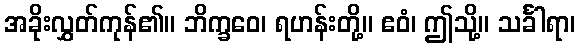
အခိုးလွှတ်ကုန်၏။ ဘိက္ခဝေ၊ ရဟန်းတို့။ ဧဝံ၊ ဤသို့။ သင်္ခါရာ၊